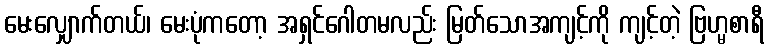
မေးလျှောက်တယ်၊ မေးပုံကတော့ အရှင်ဂေါတမလည်း မြတ်သောအကျင့်ကို ကျင့်တဲ့ ဗြဟ္မစာရီ